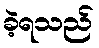
ခဲ့ရသည်